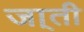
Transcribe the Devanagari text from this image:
जा्ती